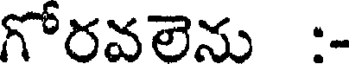
గోరవలెను :-